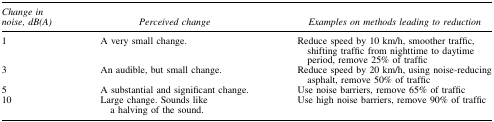
| Change in noise, dB(A) | Perceived change | Examples on methods leading to reduction |
 | --- | --- | --- |
 | 1 | A very small change. | Reduce speed by 10 km/h, smoother traffic, shifting traffic from nighttime to daytime period, remove 25% of traffic |
 | 3 | An audible, but small change. | Reduce speed by 20 km/h, using noise-reducing asphalt, remove 50% of traffic |
 | 5 | A substantial and significant change. | Use noise barriers, remove 65% of traffic |
 | 10 | Large change. Sounds like a halving of the sound. | Use high noise barriers, remove 90% of traffic |